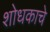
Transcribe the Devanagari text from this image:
शोधकाचे